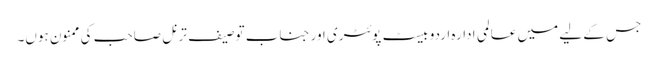
جس کے لیے میں عالمی ادارہ اردو بیسٹ پوئٹری اور جناب توصیف ترنل صاحب کی ممنون ہوں۔